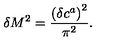
\delta M ^ { 2 } = \frac { \left( \delta c ^ { a } \right) ^ { 2 } } { \pi ^ { 2 } } .